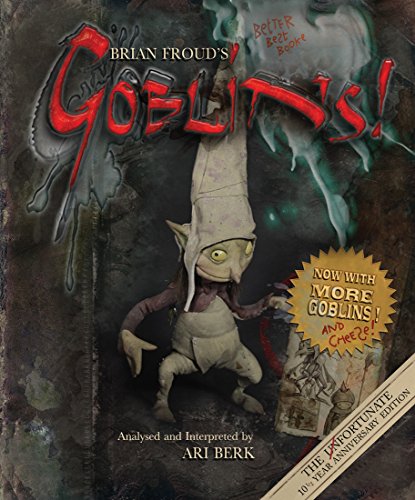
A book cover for Brian Froud's Goblins 10 1/2 Anniversary; Ari Berk; Science Fiction & Fantasy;